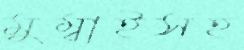
মুম্বাইসহ